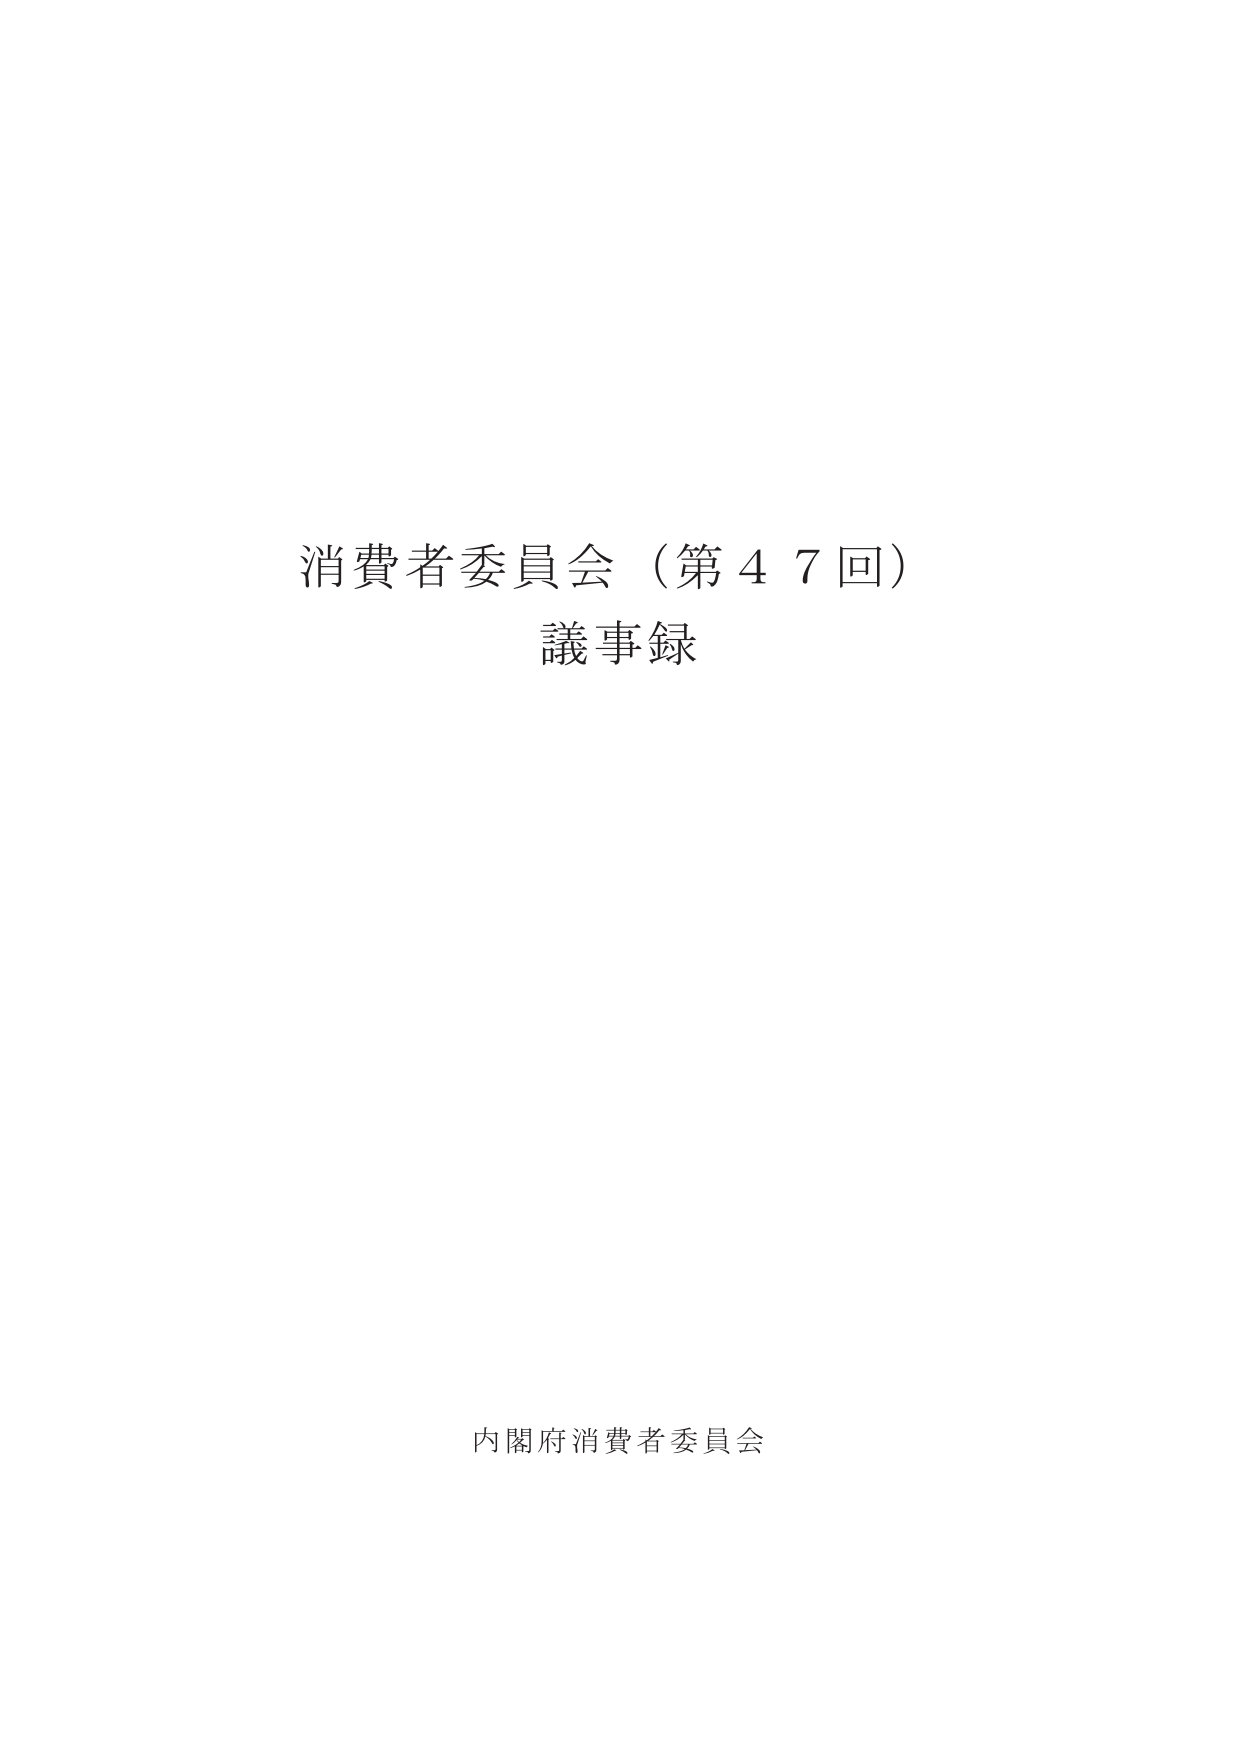
消費者委員会（第４７回）
議事録

内閣府消費者委員会